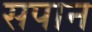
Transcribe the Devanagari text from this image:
सपान